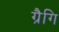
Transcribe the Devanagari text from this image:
ग्रैगि